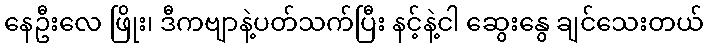
နေဦးလေ ဖြိုး၊ ဒီကဗျာနဲ့ပတ်သက်ပြီး နင့်နဲ့ငါ ဆွေးနွေ ချင်သေးတယ်